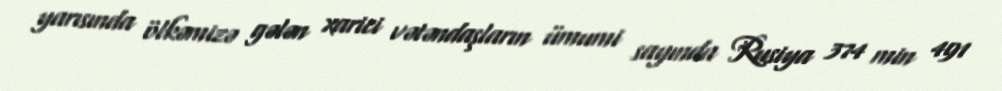
yarısında ölkəmizə gələn xarici vətəndaşların ümumi sayında Rusiya 374 min 491